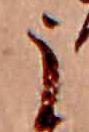
う